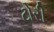
ટોરી